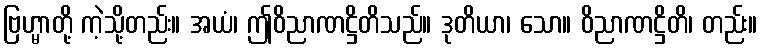
ဗြဟ္မာတို့ ကဲ့သို့တည်း။ အယံ၊ ဤဝိညာဏဋ္ဌိတိသည်။ ဒုတိယာ၊ သော။ ဝိညာဏဋ္ဌိတိ၊ တည်း။